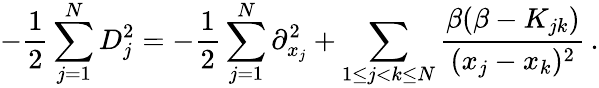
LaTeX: -\frac{1}{2}\sum_{j=1}^{N}D_{j}^{2}=-\frac{1}{2}\sum_{j=1}^{N}\partial_{x_{j}}^{2}+\sum_{1\leq j<k\leq N}\frac{\beta(\beta-K_{jk})}{(x_{j}-x_{k})^{2}}\, .